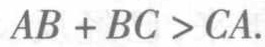
\(AB + BC > CA\)